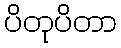
ပိတုပိတာ